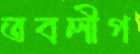
তবলীগ